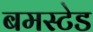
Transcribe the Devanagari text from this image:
बमस्टेड